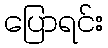
ပြောရင်း